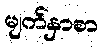
မျက်နှာစာ